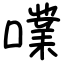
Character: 㗼